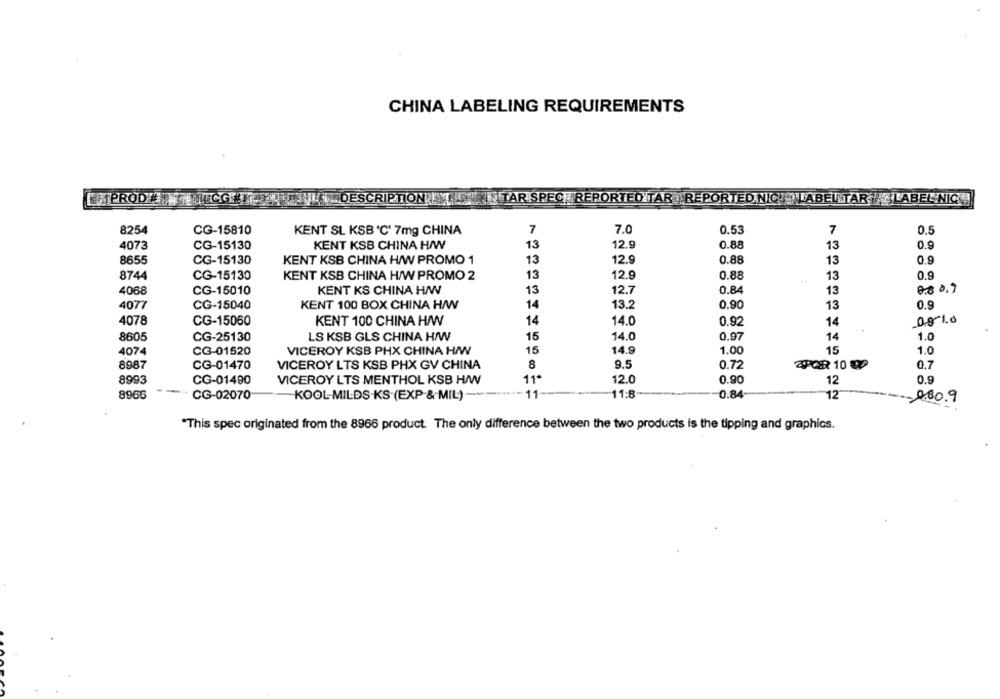
CHINA LABELING REQUIREMENTS
PROD# ET HICGET THE DESCRIPTION TITTAR SPEC REPORTED TAR REPORTED NIQUE LABEL TAR LABEL NIC
8254
CG-15810
KENT SL KSB 'C' 7mg CHINA
7
7.0
0.53
7
0.5
KENT KSB CHINA H/W
12.9
0.88
13
0.9
4073
CG-15130
13
0.88
8655
CG-15130
KENT KSB CHINA H/W PROMO 1
13
12.9
13
0.9
8744
CG-15130
KENT KSB CHINA H/W PROMO 2
13
12.9
0.88
13
0.9
4068
CG-15010
KENT KS CHINA HAW
13
12.7
0.84
13
0.8 0.9
4077
CG-15040
KENT 100 BOX CHINA H/W
14
13.2
0.90
13
0.9
4078
CG-15060
KENT 100 CHINA H/W
14
14.0
0.92
14
09-10
0.97
1.0
8605
CG-25130
LS KSB GLS CHINA H/W
15
14.0
14
CG-01520
VICEROY KSB PHX CHINA HAW
15
14.9
1.00
1.0
4074
15
8987
VICEROY LTS KSB PHX GV CHINA
8
9.5
CG-01470
0.72
0.7
8993
CG-01490
VICEROY LTS MENTHOL KSB H/W
11ª
12.0
0.90
12
0.9
8966
CG-02070
-KOOL-MILDS-KS-(EXP &MIL) -...
11
11:8
0.84
12
080.9
"This spec originated from the 8966 product. The only difference between the two products is the tipping and graphics.